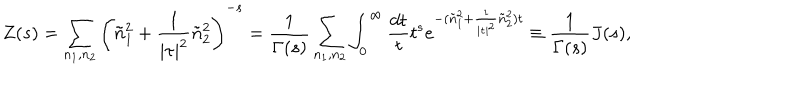
LaTeX: Z ( s ) = \sum _ { n _ { 1 } , n _ { 2 } } \left( \tilde { n } _ { 1 } ^ { 2 } + \frac { 1 } { | \tau | ^ { 2 } } \tilde { n } _ { 2 } ^ { 2 } \right) ^ { - s } = \frac { 1 } { \Gamma ( s ) } \sum _ { n _ { 1 } , n _ { 2 } } \int _ { 0 } ^ { \infty } \frac { d t } { t } t ^ { s } e ^ { - ( \tilde { n } _ { 1 } ^ { 2 } + \frac { 1 } { | \tau | ^ { 2 } } \tilde { n } _ { 2 } ^ { 2 } ) t } \equiv \frac { 1 } { \Gamma ( s ) } J ( s ) ,